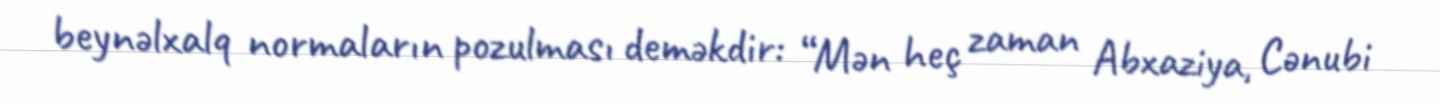
beynəlxalq normaların pozulması deməkdir: “Mən heç zaman Abxaziya, Cənubi